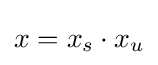
x=x_{s}\cdot x_{u}